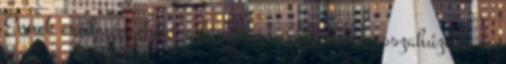
Ennek eredményeként a lány nem volt olyan visszahúzódó és